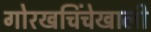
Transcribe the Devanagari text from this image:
गोरखचिंचेखाली